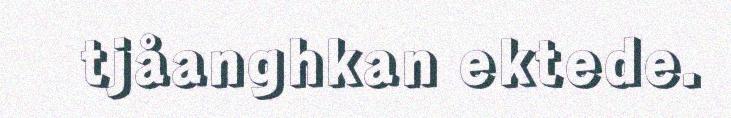
tjåanghkan ektede.